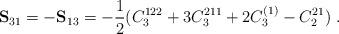
LaTeX: \begin{align*} \mathbf S_{31} = -\mathbf S_{13} = -\dfrac{1}{2}(C_3^{122}+3C_3^{211}+2C_3^{(1)}-C_2^{21}) \ .\end{align*}